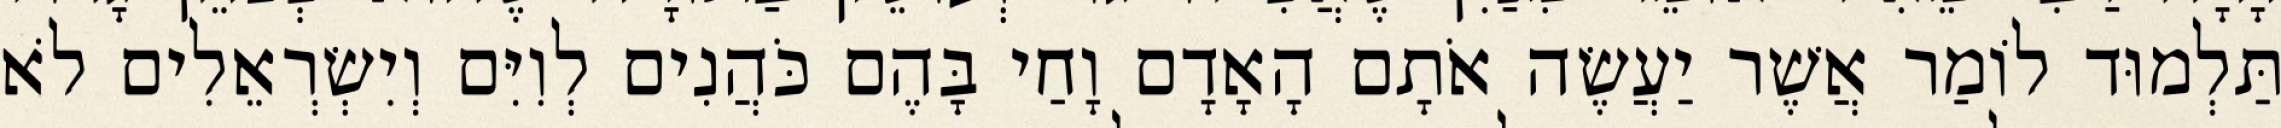
תַּלְמוּד לוֹמַר אֲשֶׁר יַעֲשֶׂה אֹתָם הָאָדָם וָחַי בָּהֶם כֹּהֲנִים לְוִיִּם וְיִשְׂרְאֵלִים לֹא